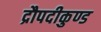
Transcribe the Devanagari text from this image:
द्रौपदीकुण्ड